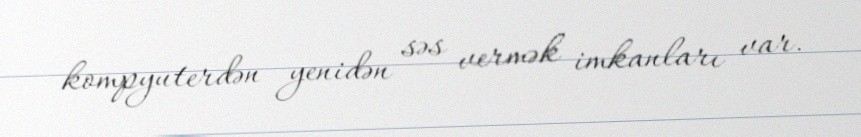
kompyuterdən yenidən səs vermək imkanları var.